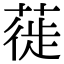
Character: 蓰